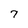
Character: 7